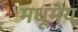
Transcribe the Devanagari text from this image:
मधूमेय